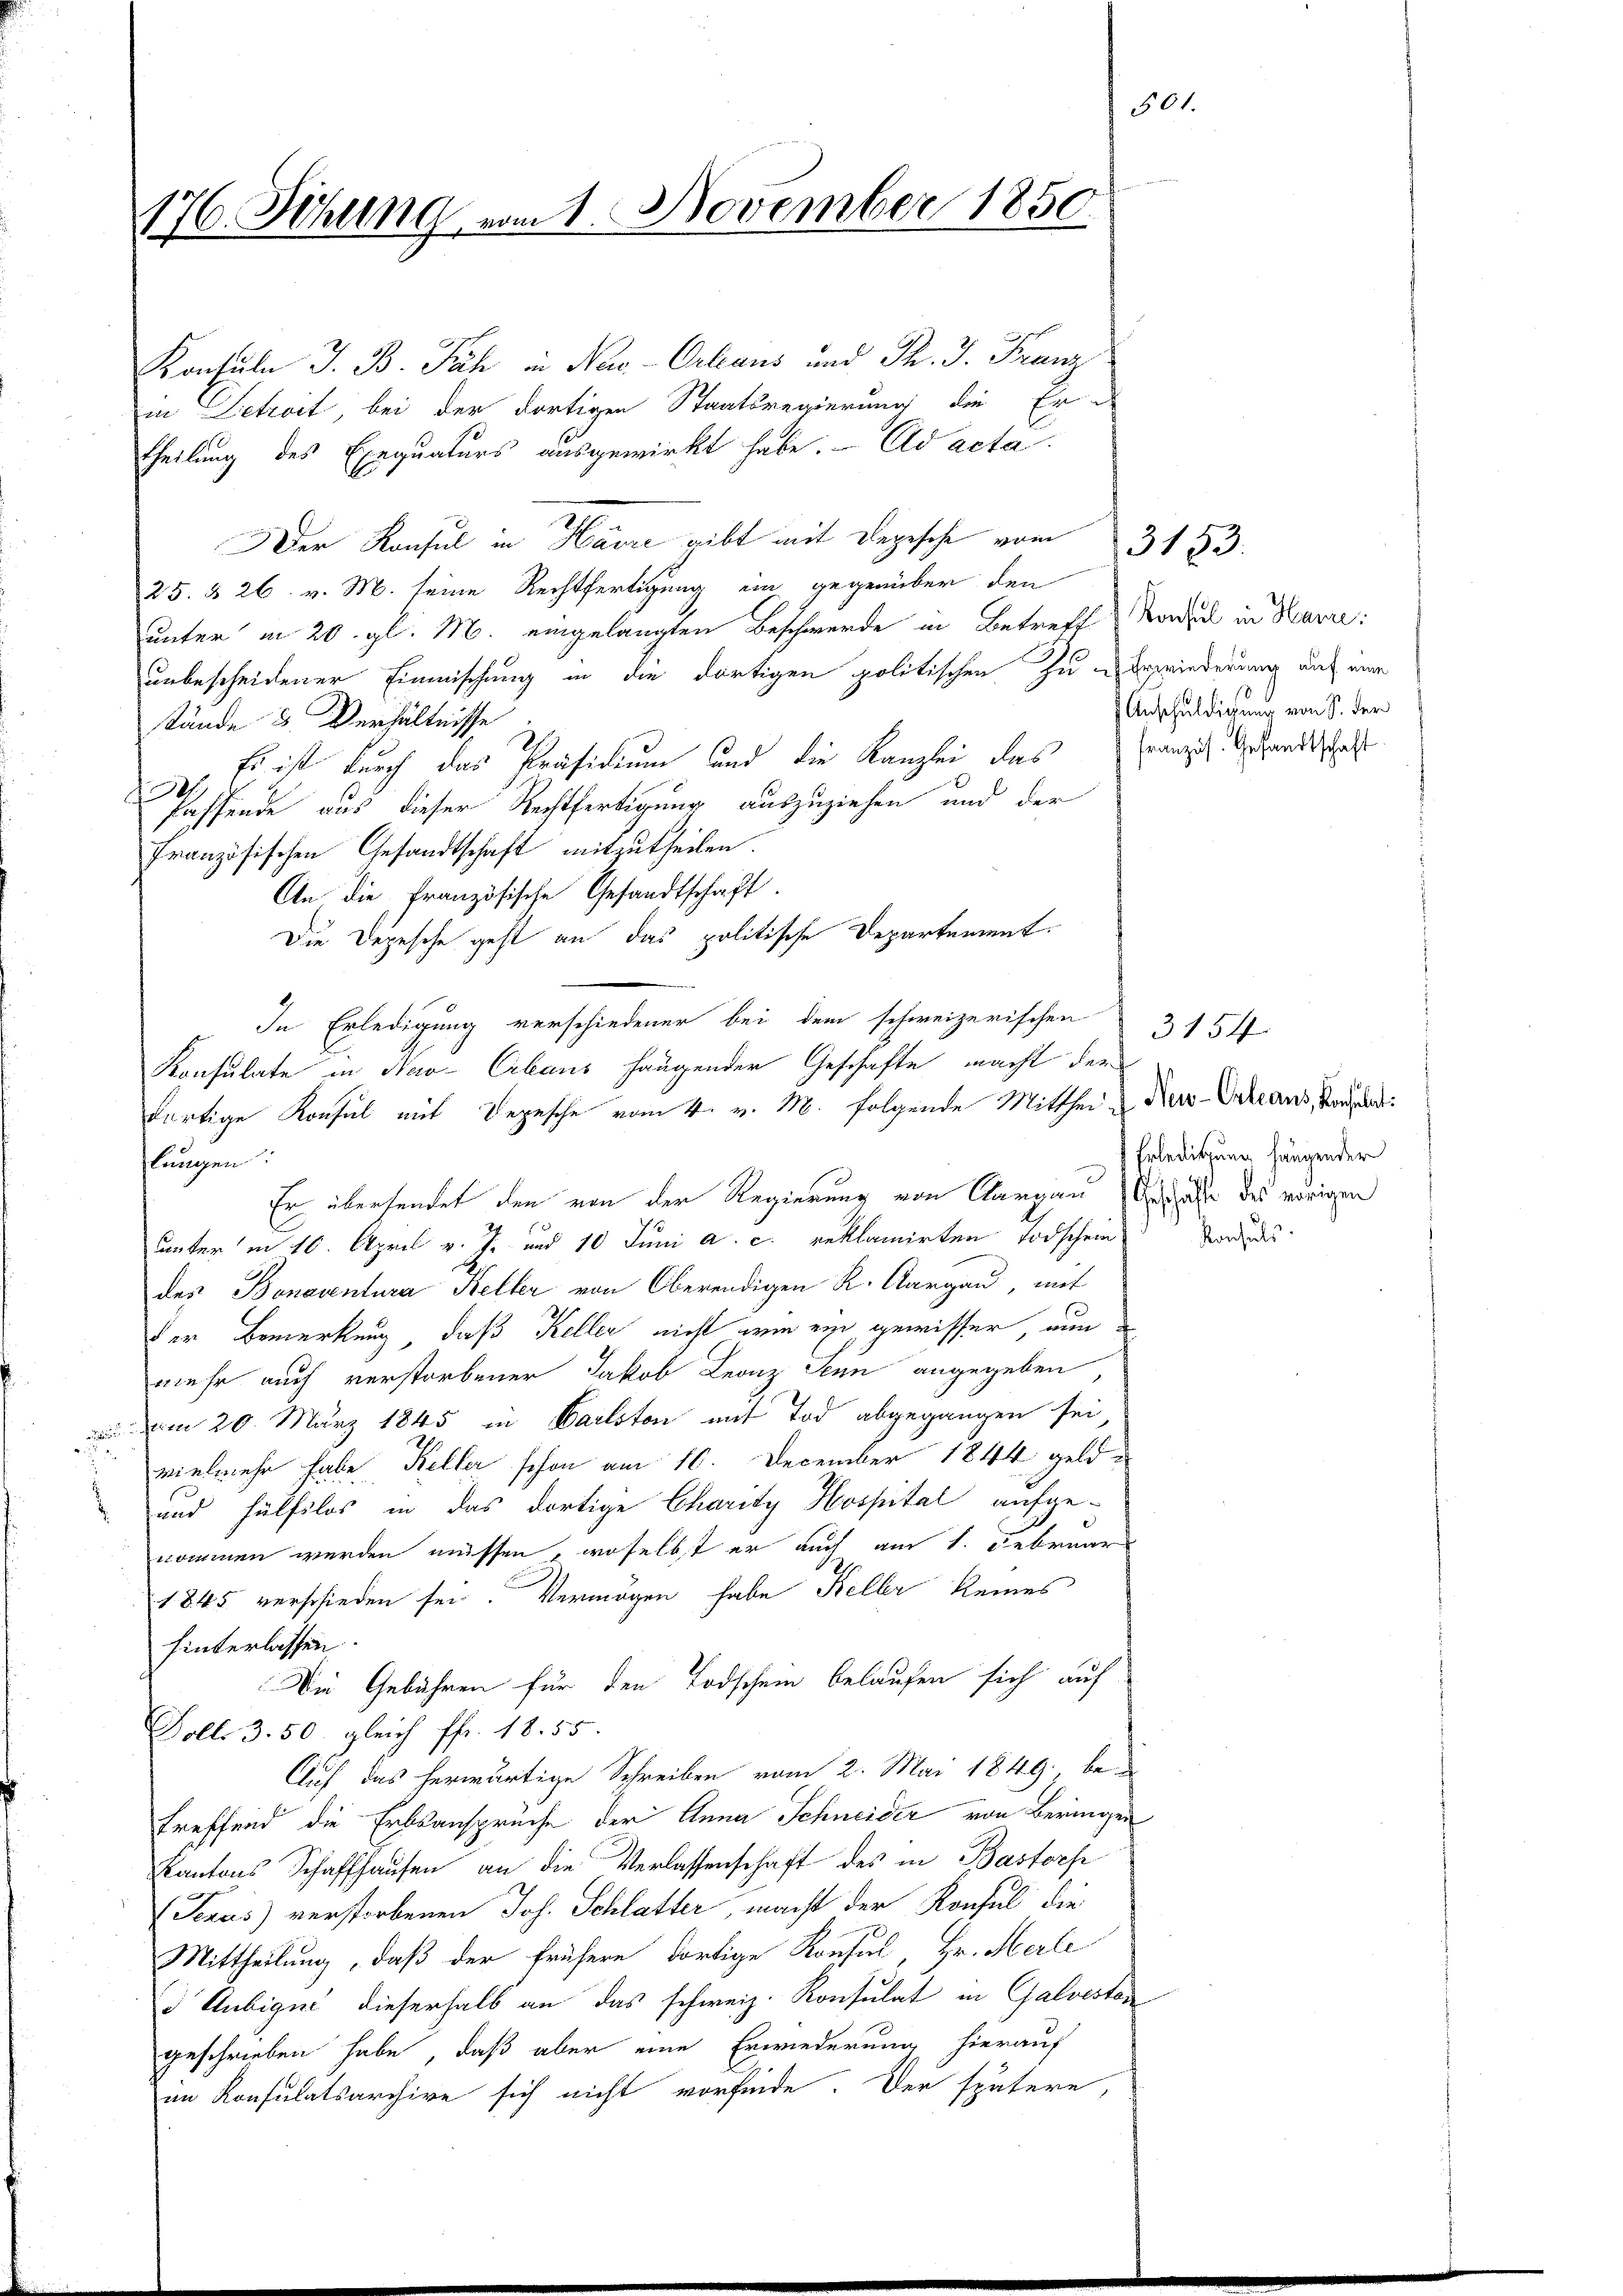
Konsuln J. B. Päh in New-Orleans und Pr. J. Franz
in Betract, bei der dortigen Staatsregierung die Er-
Theilung des Exequaturs ausgewirkt habe. Ad acta
Der Konsul in Härre gibt mit Depesche vom
25. & 26. v. M. seine Rechtfertigung ein gegenüber den
unter in 20. gl. M. eingelangten Beschwerde in Betreff von in Harre:
unbescheidener Einmischung in die dortigen politischen zu Erwiederung auf eine
stände 3 Verhältnisse
z. Es ist durch das Präsidium und die Kanzlei das
fassende aus dieser Rechtfertigung auszuziehen und der
französischen Gesandtschaft mitzutheilen.
An die französische Gesandtschaft.
Die Depesche geht an das politische Departement.
Konsulate in Nav-Erbaus haugender Geschäfte macht der
dortige Konsul mit Depesche vom 4. v. M. folgende Mittheil u Kar-Orleans, Konsend:
lungen:
Er übersendet den von der Regierung von Aargau, Geschafte des vorigen
unter in 10. April v. J. und 10 Juni a. c. reklamirten Todschein
des Bonaventura Keller von Oberendigen K. Aargau, mit
der Bemerkung, daß Keller nicht wie ein gewisser nun
mehr auch verstorbener Jakob Leonz Senn angegeben
 am 20. März 1845 in Carlston mit Tod abgegangen sei
vielmehr habe, Keller schon am 10. December 1844 geld¬
und Hülfslos in das dortige Charity Hospital aufge-
nommen werden müssen, woselbst er auch am 1. Februar
1845 verschieden sei. Vermögen habe Keller keines
hinterlassen.
Die Gebühren für den Todschein belaufen sich auf
Dolle 3. 50. gleich ffr. 18. 55.
Auf das herwärtige Schreiben vom 2. Mai 1849, betreffend die Erbsansprüche der Anna Schneider von Beringen
Kantons Schaffhausen an die Verlassenschaft des in Bastorp
Texas) verstorbenen Joh. Schlatter, macht der Konsul die
Mittheilung, daß der frühere dortige Konsul, Hr. Merle
 Aubiger dieserhalb an das schweiz. Konsulat in Galvesten
geschrieben habe, daß aber eine Erwiederung hierauf
im Konsulatsarchive sich nicht vorfinde. Der spätere,

176. Sitzung vom 1. November 1850

In Erledigung verschiedener bei dem schweizerischen

501.

Anschuldigung von S. der
Französ. Gesandtschaft

3183.

3154
 Erledigung hingender
Konsuls.